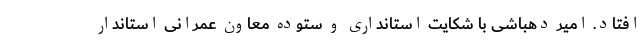
افتاد. امیر دهباشی با شکایت استانداری و ستوده معاون عمرانی استاندار